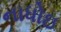
નાધોઇ